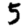
Digit: 5